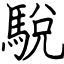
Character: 駾